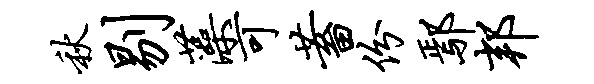
秋剔藻可蓄份鄢邦